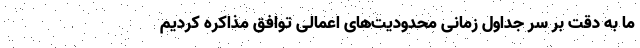
ما به دقت بر سر جداول زمانی محدودیت‌های اعمالی توافق مذاکره کردیم